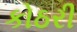
કોઠરી